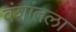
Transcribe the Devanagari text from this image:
वंशांतला